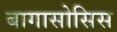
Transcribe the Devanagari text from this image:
बागासोसिस